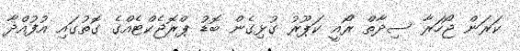
ކަރަން ޖޯހަރާ ސިދާތް ރޯއީ ކަޕޫރު ގުޅިގެން ބޮޑު ޕްރޮޖެކްޓެއްގެ ގޮތުގައި އުފުއްދާ